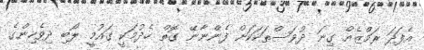
އެފަދަ ރަމްޒެއް ގިނަ ދުވަސްތަކަކަށް ފެންނާނޭ ގޮތް ހެދުމަކީ ގައުމީ ލޯބި ދިވެހިންގެ